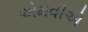
એમવીએ